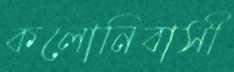
কলোনিবাসী